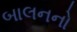
બાલનનો